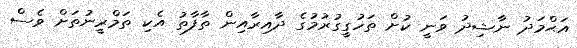
އަޙްމަދު ނާޝިދު ވަނީ ކުށް ތަހުގީގުރުމުގެ ދާއިރާއިން ތާފާތު އެކި ތަމްރީނުތަށް ވެސް